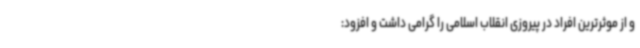
و از موثرترین افراد در پیروزی انقلاب اسلامی را گرامی داشت و افزود: